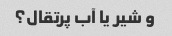
و شیر یا آب پرتقال؟